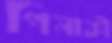
পিনাকী